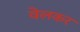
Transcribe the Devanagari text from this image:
वेलकर